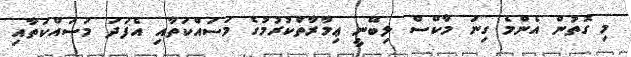
މި ގޮތުން އެންމެ ގިނަ މާކްސް ލިބޭނީ ޢިމާރާތްކުރުމުގެ މަސައްކަތާއި އެފަދަ މަސައްކަތާއި